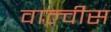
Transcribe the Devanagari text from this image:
वाल्वीस